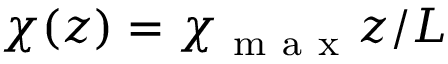
\chi ( z ) = \chi _ { \mathrm { ~ m ~ a ~ x ~ } } z / L